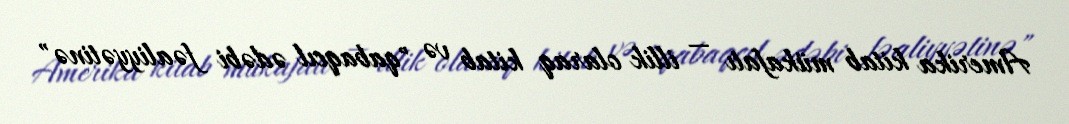
Amerika kitab mükafatı — illik olaraq kitab və "qabaqcıl ədəbi fəaliyyətinə"